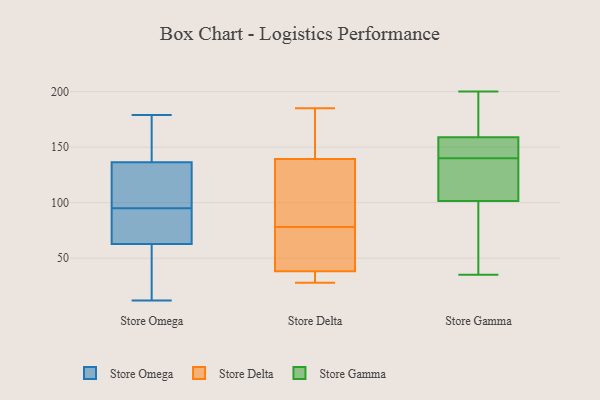
{"axis": {"x": "Operating Costs (USD K)", "y": "Value"}, "legend": ["Store Delta", "Store Gamma", "Store Omega"], "data": [{"x": "", "y": 68, "type": "Store Omega"}, {"x": "", "y": 88, "type": "Store Omega"}, {"x": "", "y": 45, "type": "Store Omega"}, {"x": "", "y": 12, "type": "Store Omega"}, {"x": "", "y": 109, "type": "Store Omega"}, {"x": "", "y": 129, "type": "Store Omega"}, {"x": "", "y": 139, "type": "Store Omega"}, {"x": "", "y": 102, "type": "Store Omega"}, {"x": "", "y": 74, "type": "Store Omega"}, {"x": "", "y": 47, "type": "Store Omega"}, {"x": "", "y": 70, "type": "Store Omega"}, {"x": "", "y": 148, "type": "Store Omega"}, {"x": "", "y": 179, "type": "Store Omega"}, {"x": "", "y": 136, "type": "Store Omega"}, {"x": "", "y": 138, "type": "Store Omega"}, {"x": "", "y": 44, "type": "Store Omega"}, {"x": "", "y": 95, "type": "Store Omega"}, {"x": "", "y": 32, "type": "Store Delta"}, {"x": "", "y": 78, "type": "Store Delta"}, {"x": "", "y": 39, "type": "Store Delta"}, {"x": "", "y": 69, "type": "Store Delta"}, {"x": "", "y": 116, "type": "Store Delta"}, {"x": "", "y": 38, "type": "Store Delta"}, {"x": "", "y": 147, "type": "Store Delta"}, {"x": "", "y": 28, "type": "Store Delta"}, {"x": "", "y": 184, "type": "Store Delta"}, {"x": "", "y": 91, "type": "Store Delta"}, {"x": "", "y": 185, "type": "Store Delta"}, {"x": "", "y": 35, "type": "Store Gamma"}, {"x": "", "y": 154, "type": "Store Gamma"}, {"x": "", "y": 140, "type": "Store Gamma"}, {"x": "", "y": 87, "type": "Store Gamma"}, {"x": "", "y": 104, "type": "Store Gamma"}, {"x": "", "y": 117, "type": "Store Gamma"}, {"x": "", "y": 53, "type": "Store Gamma"}, {"x": "", "y": 100, "type": "Store Gamma"}, {"x": "", "y": 188, "type": "Store Gamma"}, {"x": "", "y": 174, "type": "Store Gamma"}, {"x": "", "y": 152, "type": "Store Gamma"}, {"x": "", "y": 149, "type": "Store Gamma"}, {"x": "", "y": 171, "type": "Store Gamma"}, {"x": "", "y": 155, "type": "Store Gamma"}, {"x": "", "y": 200, "type": "Store Gamma"}, {"x": "", "y": 105, "type": "Store Gamma"}, {"x": "", "y": 102, "type": "Store Gamma"}]}